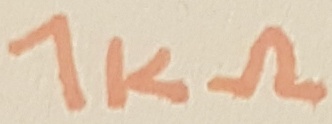
Text: 1KΩ